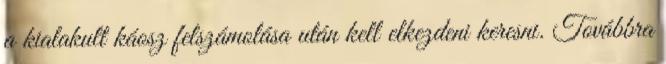
a kialakult káosz felszámolása után kell elkezdeni keresni. Továbbra